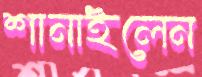
শানাইলেন